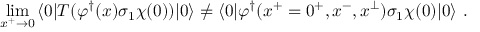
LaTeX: \operatorname * { l i m } _ { x ^ { + } \rightarrow 0 } \, \langle 0 | T ( \varphi ^ { \dagger } ( x ) \sigma _ { 1 } \chi ( 0 ) ) | 0 \rangle \neq \langle 0 | \varphi ^ { \dagger } ( x ^ { + } = 0 ^ { + } , x ^ { - } , x ^ { \perp } ) \sigma _ { 1 } \chi ( 0 ) | 0 \rangle \ .